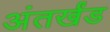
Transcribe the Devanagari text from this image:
अंतर्खंड